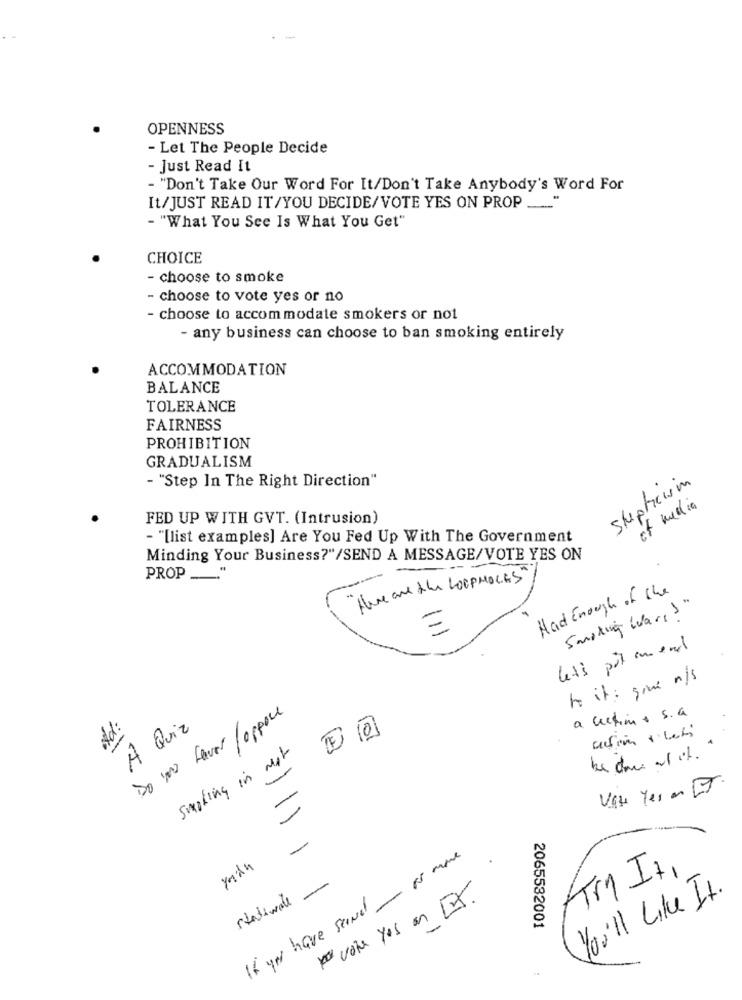
OPENNESS
- Let The People Decide
- Just Read It
- "Don't Take Our Word For It/Don't Take Anybody's Word For
It/JUST READ IT/YOU DECIDE/VOTE YES ON PROP ....
- "What You See Is What You Get"
CHOICE
- choose to smoke
- choose to vote yes or no
- choose to accommodate smokers or not
- any business can choose to ban smoking entirely
ACCOMMODATION
BALANCE
TOLERANCE
FAIRNESS
PROHIBITION
GRADUALISM
- "Step In The Right Direction"
Skepticism
of media
FED UP WITH GVT. (Intrusion)
- "[list examples] Are You Fed Up With The Government
Minding Your Business?"/SEND A MESSAGE/VOTE YES ON
PROP __
"Here are the LOOPHOLES "
-
Had Enough of the
Smoking War,>"
=
lets pit man
to it : give n/s
Do 100 favor /oppose
a cection. s.a.
Ad:
A Quiz
-
action tibeti
smoking in not
-
UGH Yes an ET
-
If you have send - No more
yain
Try It,
statewale
no vote yes en [2].
You'll Like It.
2065532001